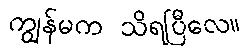
ကျွန်မက သိရပြီလေ။